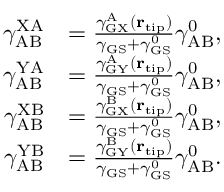
\begin{array} { r l } { \gamma _ { \mathrm { A B } } ^ { \mathrm { X A } } } & { = \frac { \gamma _ { \mathrm { G X } } ^ { \mathrm { A } } ( { \bf r } _ { \mathrm { t i p } } ) } { \gamma _ { \mathrm { G S } } + \gamma _ { \mathrm { G S } } ^ { 0 } } \gamma _ { \mathrm { A B } } ^ { 0 } , } \\ { \gamma _ { \mathrm { A B } } ^ { \mathrm { Y A } } } & { = \frac { \gamma _ { \mathrm { G Y } } ^ { \mathrm { A } } ( { \bf r } _ { \mathrm { t i p } } ) } { \gamma _ { \mathrm { G S } } + \gamma _ { \mathrm { G S } } ^ { 0 } } \gamma _ { \mathrm { A B } } ^ { 0 } , } \\ { \gamma _ { \mathrm { A B } } ^ { \mathrm { X B } } } & { = \frac { \gamma _ { \mathrm { G X } } ^ { \mathrm { B } } ( { \bf r } _ { \mathrm { t i p } } ) } { \gamma _ { \mathrm { G S } } + \gamma _ { \mathrm { G S } } ^ { 0 } } \gamma _ { \mathrm { A B } } ^ { 0 } , } \\ { \gamma _ { \mathrm { A B } } ^ { \mathrm { Y B } } } & { = \frac { \gamma _ { \mathrm { G Y } } ^ { \mathrm { B } } ( { \bf r } _ { \mathrm { t i p } } ) } { \gamma _ { \mathrm { G S } } + \gamma _ { \mathrm { G S } } ^ { 0 } } \gamma _ { \mathrm { A B } } ^ { 0 } . } \end{array}